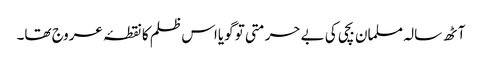
آٹھ سالہ مسلمان بچی کی بے حرمتی تو گویااس ظلم کا نقطۂ عروج تھا۔